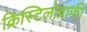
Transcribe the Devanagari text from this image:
क्रिस्टिलोग्राफी